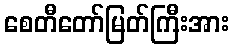
စေတီတော်မြတ်ကြီးအား